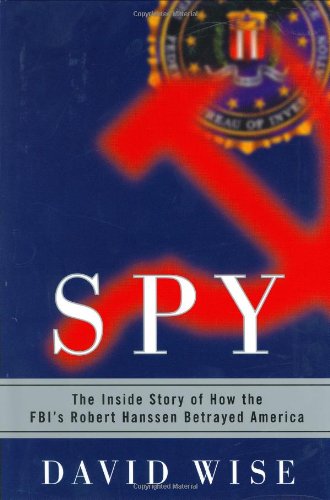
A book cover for Spy: The Inside Story of How the FBI's Robert Hanssen Betrayed America; David Wise; History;